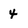
Character: 4